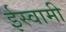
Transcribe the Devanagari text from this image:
ईस्वामी